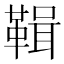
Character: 䩰